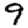
Digit: 9